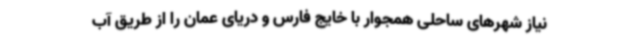
نیاز شهرهای ساحلی همجوار با خایج فارس و دریای عمان را از طریق آب